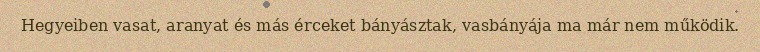
Hegyeiben vasat, aranyat és más érceket bányásztak, vasbányája ma már nem működik.